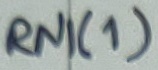
Text: RNI(1)